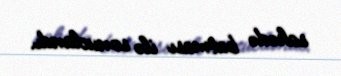
sahədə batması ilə sonuclandı.